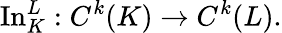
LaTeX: \operatorname{In}_{K}^{L}:C^{k}(K)\to C^{k}(L).